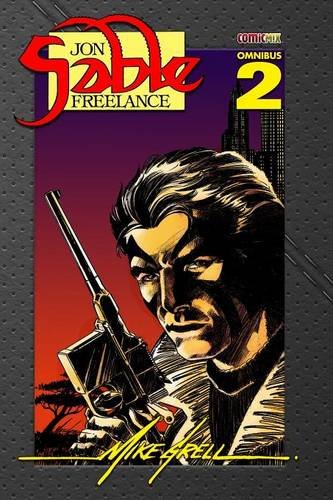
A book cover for Jon Sable Freelance Omnibus 2; Mike Grell; Comics & Graphic Novels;